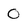
Character: 0